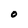
Character: O